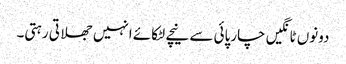
دونوں ٹانگیں چارپائی سے نیچے لٹکائے انہیں جھلاتی رہتی۔